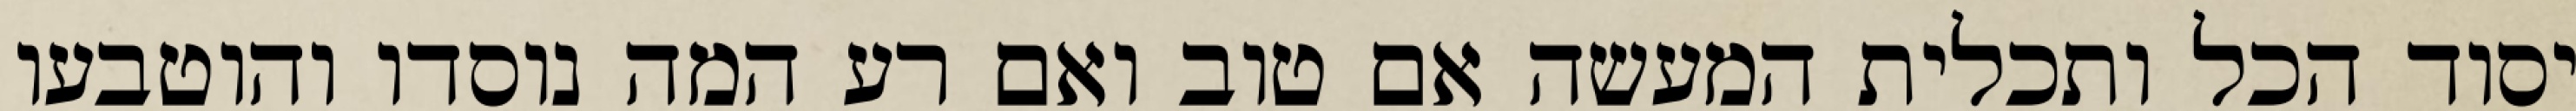
יסוד הכל ותכלית המעשה אם טוב ואם רע המה נוסדו והוטבעו